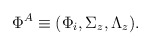
\begin{align*}\Phi^A \equiv (\Phi_i , \Sigma_z , \Lambda_z ) .\end{align*}